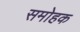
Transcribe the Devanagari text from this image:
समोहक